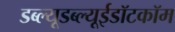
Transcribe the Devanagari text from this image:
डब्ल्यूडब्ल्यूईडॉटकॉम